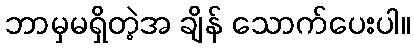
ဘာမှမရှိတဲ့အ ချိန် သောက်ပေးပါ။